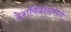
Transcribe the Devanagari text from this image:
देशविदेशांमध्ये